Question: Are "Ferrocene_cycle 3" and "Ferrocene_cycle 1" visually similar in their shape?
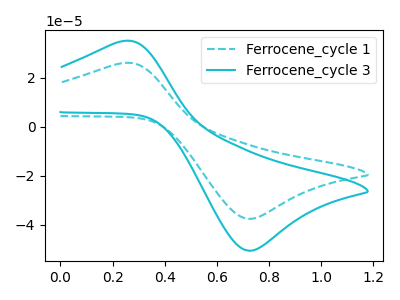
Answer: <think>The cyan dashed curve "Ferrocene_cycle 1" has an anodic peak at (0.25V, 25.95uA) and a cathodic peak at (0.75V, -37.60uA). The cyan curve "Ferrocene_cycle 3" has an anodic peak at (0.25V, 34.90uA) and a cathodic peak at (0.75V, -50.65uA).
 All the peaks in "Ferrocene_cycle 3" have a peak in "Ferrocene_cycle 1" at the same potential. Every peak in "Ferrocene_cycle 3" is higher than every peak in "Ferrocene_cycle 1".</think>
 <answer>"Ferrocene_cycle 3" and "Ferrocene_cycle 1" are similar in shape.</answer>
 <eval>same_shape</eval>